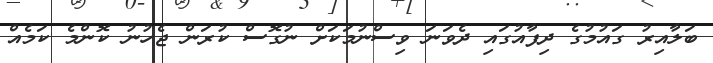
ބަލާއިރު ގައުމުގެ ދިފާއުގައި ދެވަނަ ވިސްނުމަކަށް ނުގޮސް ކުރަން ޖެހުނު ކޮންމެ ކަމެއް